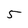
Character: 5